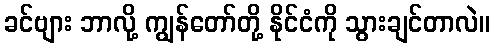
ခင်ဗျား ဘာလို့ ကျွန်တော်တို့ နိုင်ငံကို သွားချင်တာလဲ။